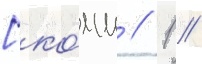
[ко́мм // 1 /